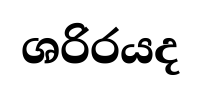
ශරිරයද